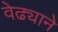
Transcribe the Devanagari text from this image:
वेढ्याने